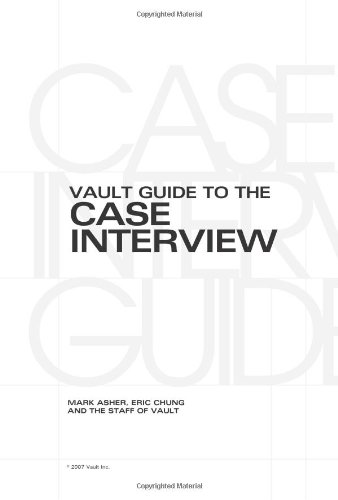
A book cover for Vault Guide to the Case Interview; Mark Asher; Business & Money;